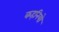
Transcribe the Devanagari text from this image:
कहनियो